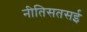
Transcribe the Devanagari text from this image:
नीतिसतसई